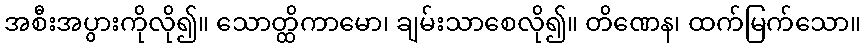
အစီးအပွားကိုလို၍။ သောတ္ထိကာမော၊ ချမ်းသာစေလို၍။ တိဏေန၊ ထက်မြက်သော။